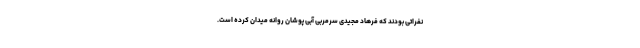
نفراتی بودند که فرهاد مجیدی سرمربی آبی پوشان روانه میدان کرده است.